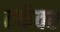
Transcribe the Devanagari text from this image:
टर्फवर